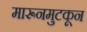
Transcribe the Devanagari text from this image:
मारूनमुटकून